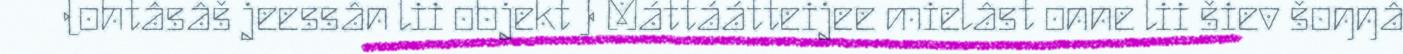
(ohtâsâš jeessân lii objekt ) Máttáátteijee mielâst onne lii šiev šoŋŋâ